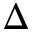
\Delta